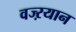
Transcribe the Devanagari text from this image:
वज्ऱयान